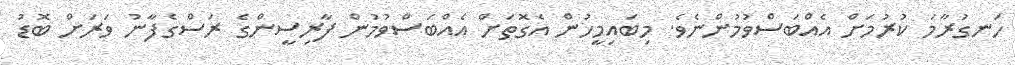
ހަނގުރާމަ ކުރުމަށް އެއްބަސްވުމުންނެވެ. މިބައިމީހުން އެގޮތަށް އެއްބަސްވުމުން ފާރިސީންގެ ރަސްގެފާނު ވަރަށް ބޮޑު